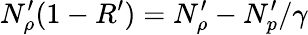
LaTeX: N_{\rho}^{\prime}(1-R^{\prime})=N_{\rho}^{\prime}-N_{p}^{\prime}/\gamma